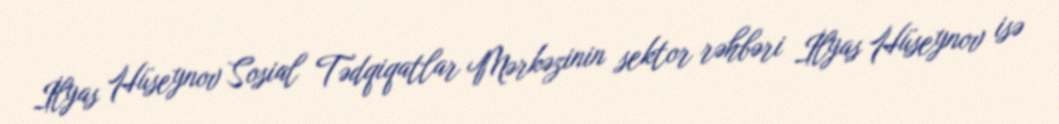
İlyas Hüseynov Sosial Tədqiqatlar Mərkəzinin sektor rəhbəri İlyas Hüseynov isə